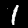
Digit: 1